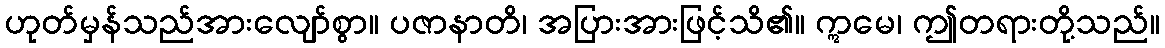
ဟုတ်မှန်သည်အားလျော်စွာ။ ပဇာနာတိ၊ အပြားအားဖြင့်သိ၏။ ဣမေ၊ ဤတရားတို့သည်။